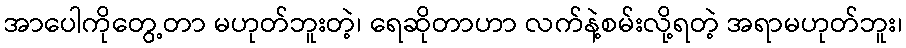
အာပေါကိုတွေ့တာ မဟုတ်ဘူးတဲ့၊ ရေဆိုတာဟာ လက်နဲ့စမ်းလို့ရတဲ့ အရာမဟုတ်ဘူး၊